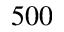
5 0 0